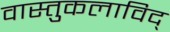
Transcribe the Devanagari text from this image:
वास्तुकलाविद्